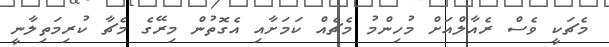
މެޗަކީ ވެސް ރެއާލްއަށް މުހިންމު މެޗެއް ކަމަށާއި އެގޮތުން މިރޭގެ މެޗާ ކުރިމަތިލާނީ